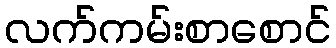
လက်ကမ်းစာစောင်